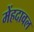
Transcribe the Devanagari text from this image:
मेंहदावल